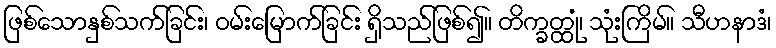
ဖြစ်သောနှစ်သက်ခြင်း၊ ဝမ်းမြောက်ခြင်း ရှိသည်ဖြစ်၍။ တိက္ခတ္ထုံ၊ သုံးကြိမ်။ သီဟနာဒံ၊